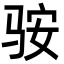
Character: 䯃